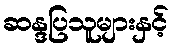
ဆန္ဒပြသူများနှင့်